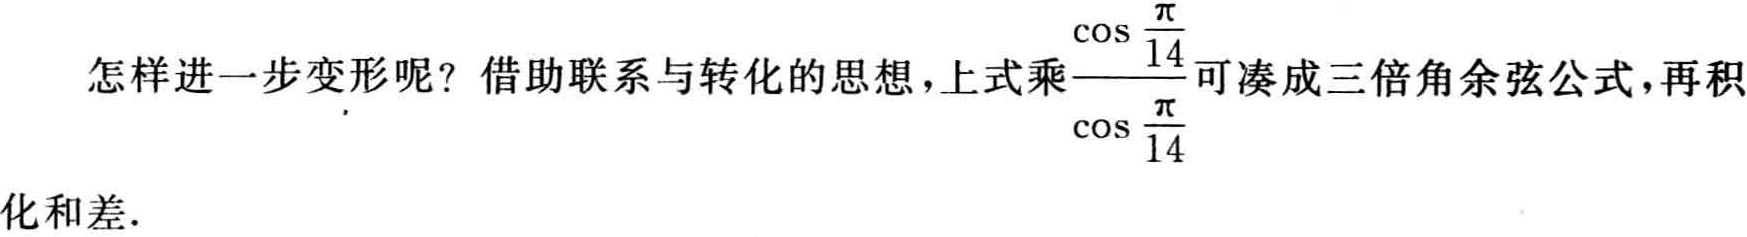
怎样进一步变形呢？借助联系与转化的思想，上式乘\(\frac{\cos\frac{\pi}{14}}{\cos\frac{\pi}{14}}\)可凑成三倍角余弦公式，再积化和差.